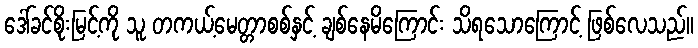
ဒေါ်ခင်စိုးမြင့်ကို သူ တကယ့်မေတ္တာစစ်နှင့် ချစ်နေမိကြောင်း သိရသောကြောင့် ဖြစ်လေသည်။